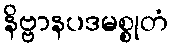
နိဗ္ဗာနပဒမစ္စုတံ